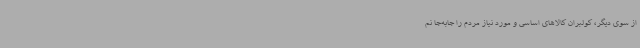
از سوی دیگر، کولبران کالاهای اساسی و مورد نیاز مردم را جابه‌جا نم